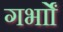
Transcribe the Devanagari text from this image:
गर्भाों